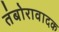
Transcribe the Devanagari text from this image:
तंबोरावादक